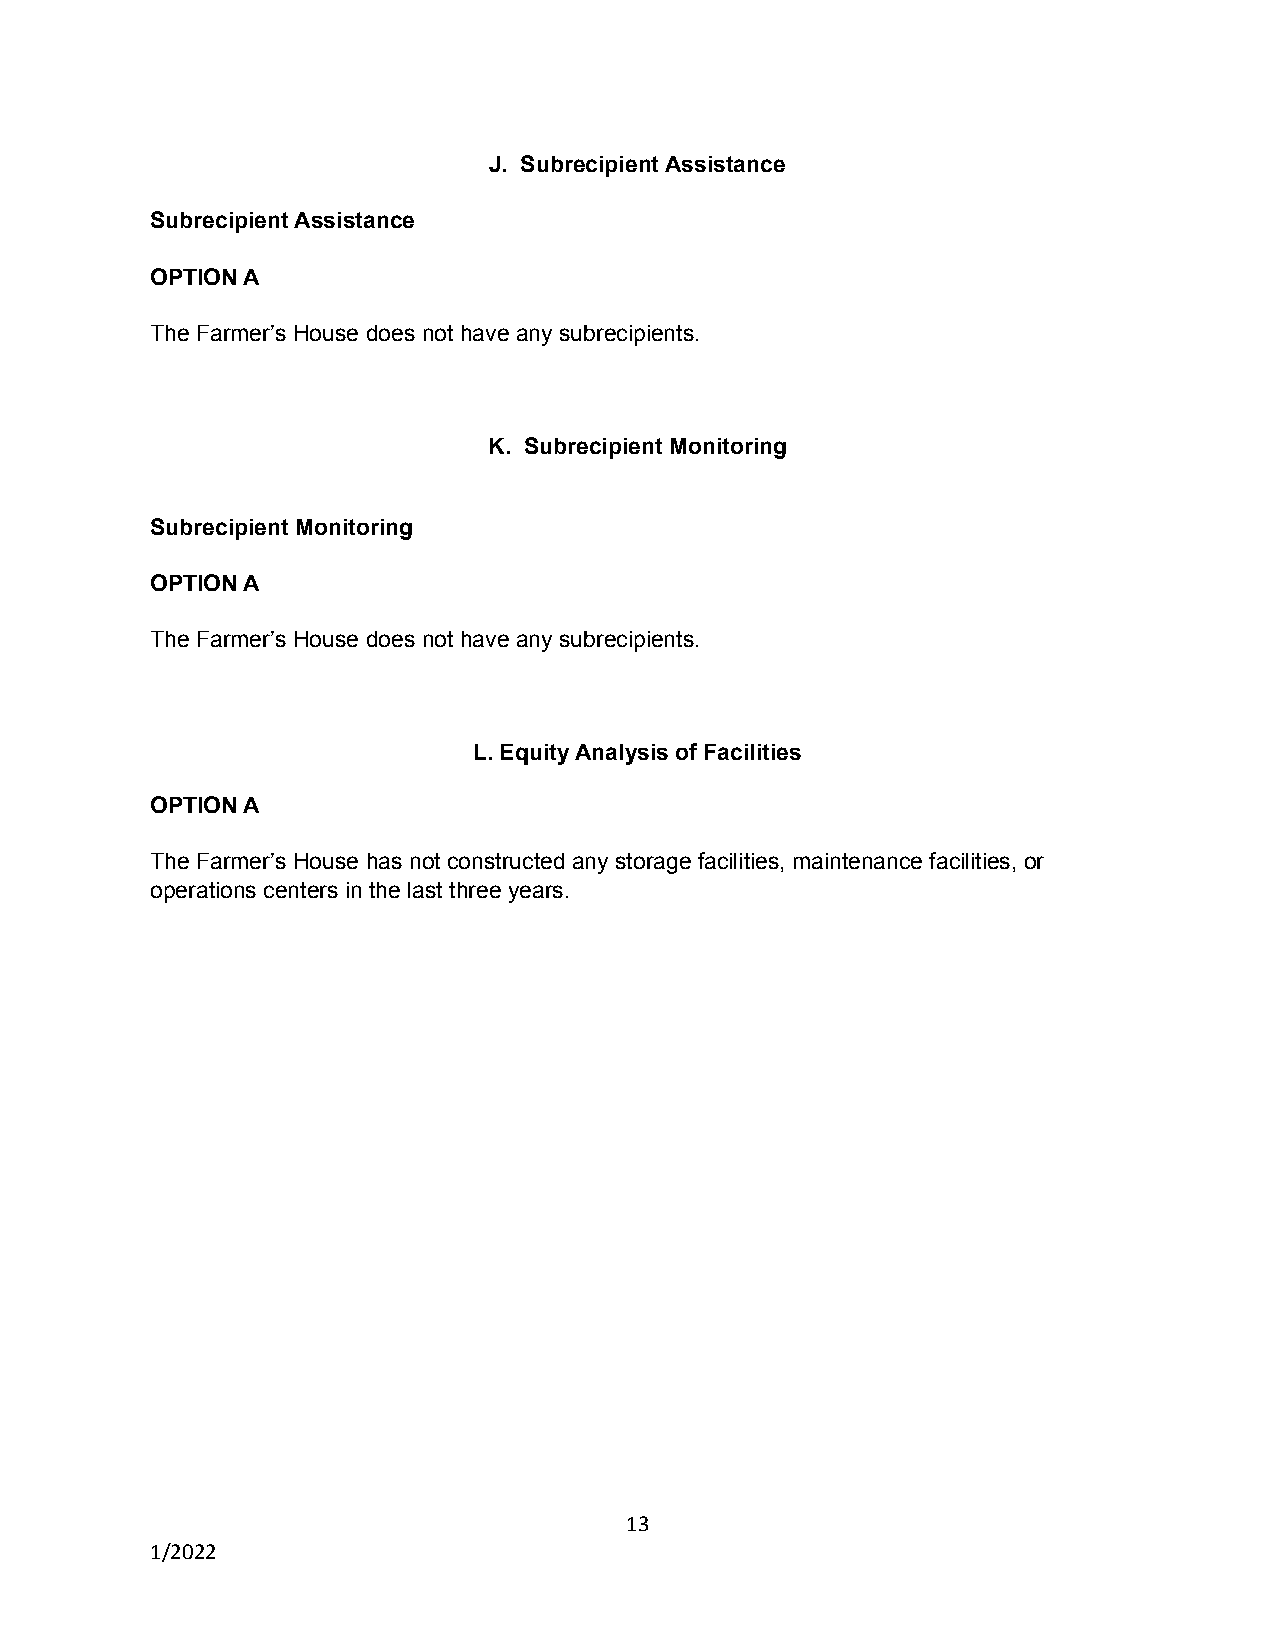
J. Subrecipient Assistance
 Subrecipient Assistance
 OPTION A
 The Farmer’s House does not have any subrecipients.
 K. Subrecipient Monitoring
 Subrecipient Monitoring
 OPTION A
 The Farmer’s House does not have any subrecipients.
 L. Equity Analysis of Facilities
 OPTION A
 The Farmer’s House has not constructed any storage facilities, maintenance facilities, or
 operations centers in the last three years.
 13
 1/2022